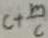
c + \frac { m } { c }